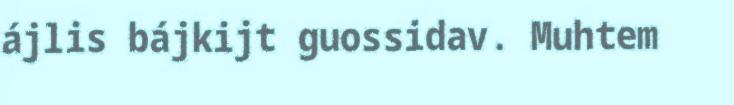
ájlis bájkijt guossidav. Muhtem